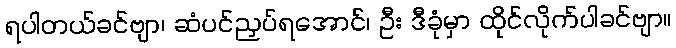
ရပါတယ်ခင်ဗျာ၊ ဆံပင်ညှပ်ရအောင်၊ ဦး ဒီခုံမှာ ထိုင်လိုက်ပါခင်ဗျာ။